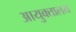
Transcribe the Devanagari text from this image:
आयुक्‍तालय